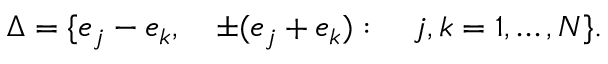
\Delta = \{ e _ { j } - e _ { k } , \quad \pm ( e _ { j } + e _ { k } ) : \quad j , k = 1 , \ldots , N \} .